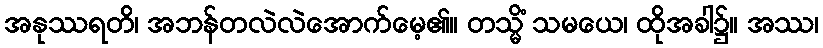
အနုဿရတိ၊ အဘန်တလဲလဲအောက်မေ့၏။ တသ္မိံ သမယေ၊ ထိုအခါ၌။ အဿ၊